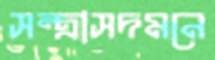
সন্ত্রাসদমনে